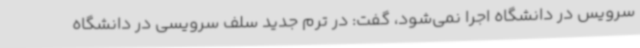
سرویس در دانشگاه اجرا نمی‌شود، گفت: در ترم جدید سلف سرویسی در دانشگاه